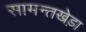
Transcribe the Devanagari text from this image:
सामन्तखेड़ा